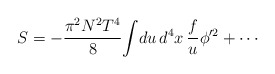
\begin{align*}S = - {\pi^2 N^2 T^4\over 8 }\! \int\!du\, d^4 x\, {f\over u} \phi^{\prime 2} +\cdots\end{align*}